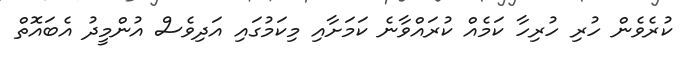
ކުރެވެން ހުރި ހުރިހާ ކަމެއް ކުރައްވާނެ ކަމަށާއި މިކަމުގައި އަދިވެސް އުންމީދު އެބައޮތް